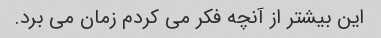
این بیشتر از آنچه فکر می کردم زمان می برد.